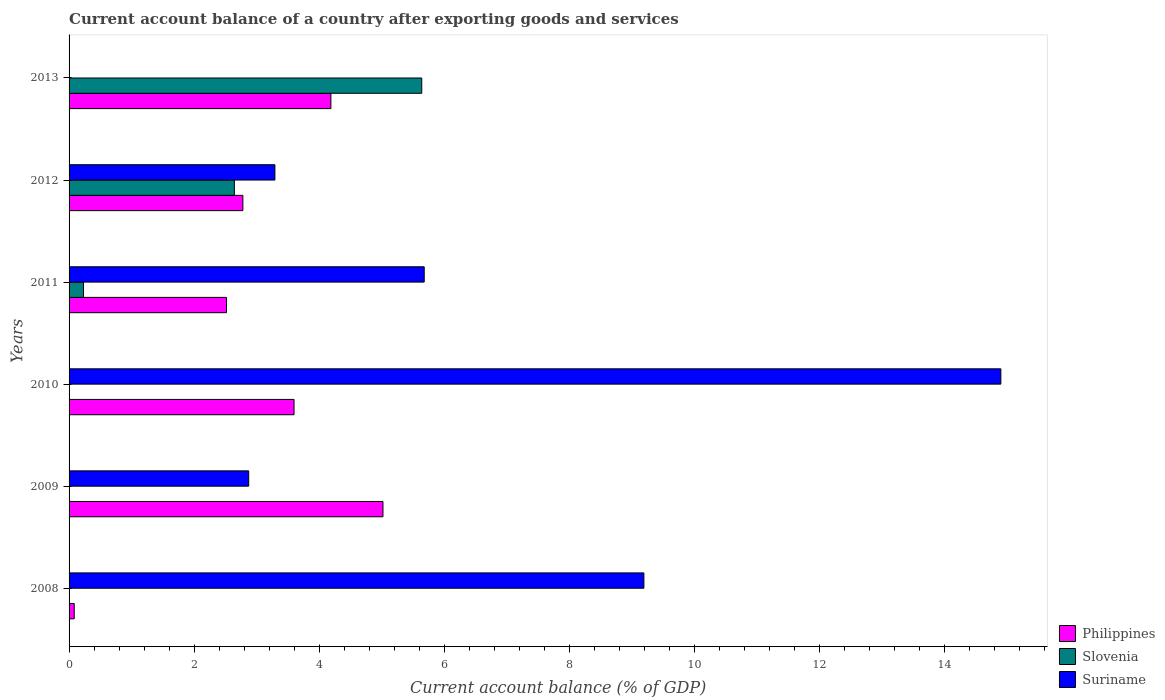
| Years | Philippines | Slovenia | Suriname |
 | --- | --- | --- | --- |
 | 2008 | 0.0827 | -5.41 | 9.19 |
 | 2009 | 5.02 | -0.599 | 2.87 |
 | 2010 | 3.6 | -0.0778 | 14.9 |
 | 2011 | 2.52 | 0.231 | 5.68 |
 | 2012 | 2.78 | 2.64 | 3.29 |
 | 2013 | 4.19 | 5.64 | -3.85 |